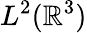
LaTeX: L^{2}(\mathbb{R}^{3})